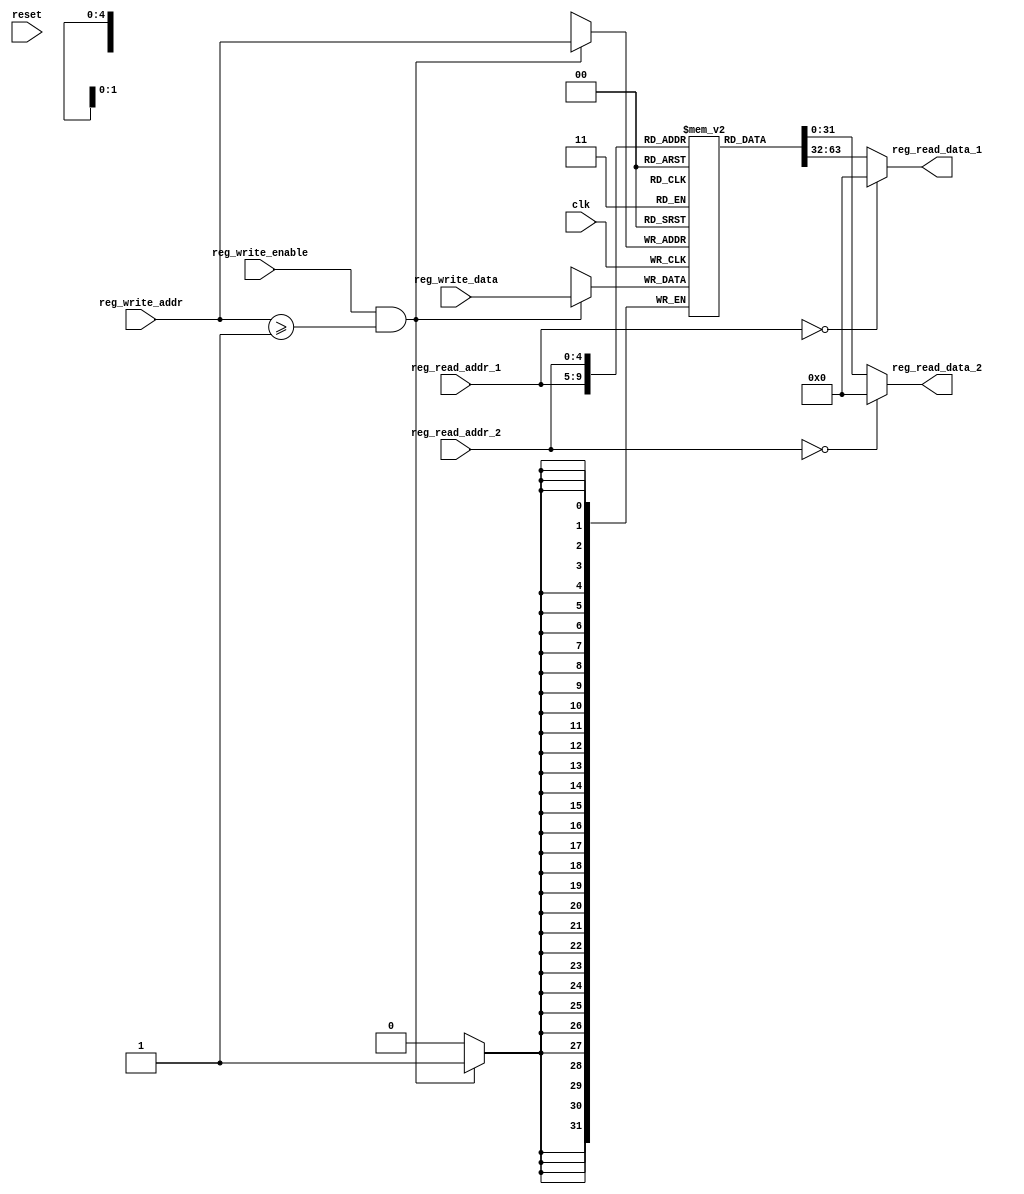
module RF(
          input wire         clk,
          input wire         reset,
          input wire [4:0]   reg_read_addr_1,
          input wire [4:0]   reg_read_addr_2,
          input wire [4:0]   reg_write_addr,
          input wire [31:0]  reg_write_data,
          input wire         reg_write_enable,
          output reg [31:0] reg_read_data_1,
          output reg [31:0] reg_read_data_2
          );
   reg [31:0]                register_file [31:0];
   always @ (posedge clk)
     if (reg_write_enable && reg_write_addr >= 1)
       register_file[reg_write_addr] <= reg_write_data;
     else begin end


   always @ *
     if (reg_read_addr_1 == 0)
       reg_read_data_1 = 0;
     else
       reg_read_data_1 = register_file[reg_read_addr_1];

   always @ *
     if (reg_read_addr_2 == 0)
       reg_read_data_2 = 0;
     else
       reg_read_data_2 = register_file[reg_read_addr_2];


endmodule